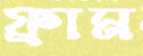
ফ্রাম